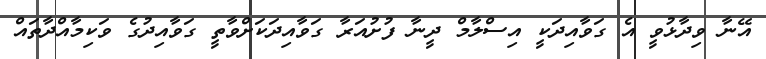
އޭނާ ވިދާޅުވީ އެ ގަވާއިދަކީ އިސްލާމް ދީނާ ފުށުއަރާ ގަވާއިދަކަށްވާތީ ގަވާއިދުގެ ވަކިމާއްދާތައް